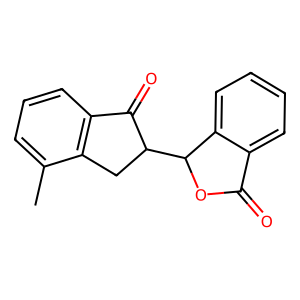
SMILES: Cc1cccc2c1CC(C1OC(=O)c3ccccc31)C2=O
Inhibits HIV replication: No